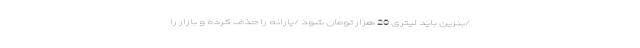
/بنزین باید لیتری 20 هزار تومان شود /یارانه را حذف کرده و بازار را